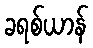
ခရစ်ယာန်